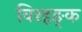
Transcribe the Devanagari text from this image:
विरहङ्क